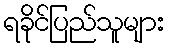
ရခိုင်ပြည်သူများ